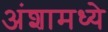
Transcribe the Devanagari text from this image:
अंशामध्ये